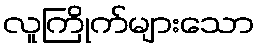
လူကြိုက်များသော